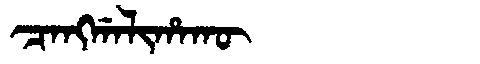
Manchu: ᠴᠠᠩᡤᠠᠯᡳᡥᠠᡴᡡ
Romanization: CANGGALIHAKŪ